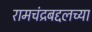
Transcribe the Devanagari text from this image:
रामचंद्रबद्दलच्या